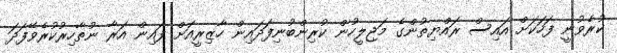
ކުރެވުނީ ފަހަކަށް އައިސް ރައްޔިތުންގެ މަޖިލީހުން ކުރިންބުނިފަދައިން ހާޒިރީއަށް ފައިން އަރާ ނުތާހިރުކުރެވޭފަދަ